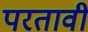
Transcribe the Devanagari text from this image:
परतावी